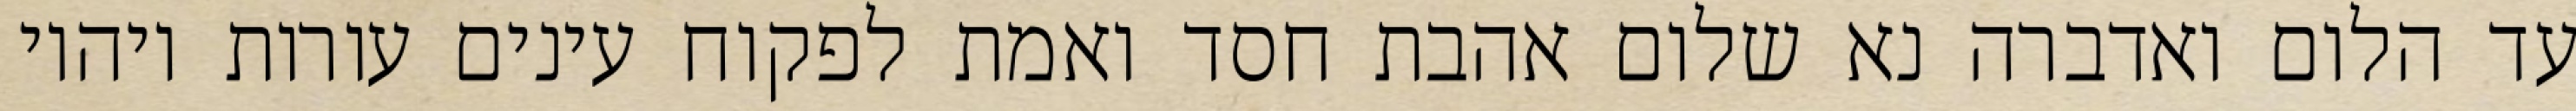
עד הלום ואדברה נא שלום אהבת חסד ואמת לפקוח עינים עורות ויהיו